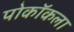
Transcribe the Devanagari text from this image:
पोकॉकला